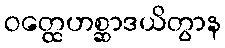
ဝတ္ထေဟစ္ဆာဒယိတွာန